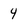
Character: 4